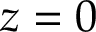
z = 0